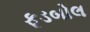
ફૂડબોલ